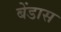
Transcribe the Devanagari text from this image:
बेंडास